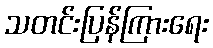
သတင်းပြန်ကြားရေး